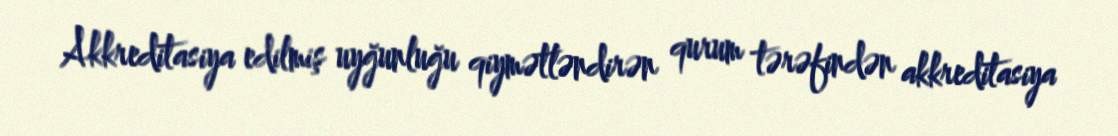
Akkreditasiya edilmiş uyğunluğu qiymətləndirən qurum tərəfindən akkreditasiya